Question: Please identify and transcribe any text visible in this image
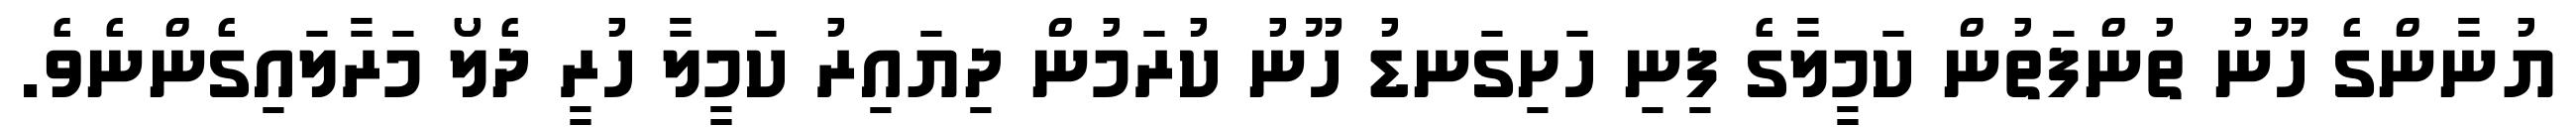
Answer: ޔުނާންގެ ހޫނު ތުންފަތުން ކަމީލާގެ ފިނި ހަށިގަނޑު ހޫނު ކުރަމުން ދިޔައިރު ކަމީލާ ހުރީ ދެލޯ މަރާލައިގެންނެވެ.